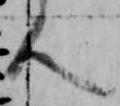
人